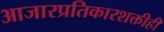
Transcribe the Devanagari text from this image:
आजारप्रतिकारशक्तीही